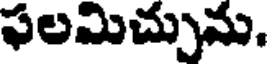
ఫలమిచ్చును.